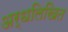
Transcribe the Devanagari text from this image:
अर्धलिखित